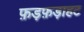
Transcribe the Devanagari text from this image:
फ़ड़फ़ड़ाहट